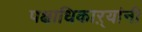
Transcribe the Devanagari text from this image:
पक्षाधिकाऱ्यांनी